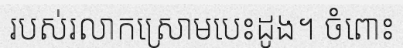
របស់រលាកស្រោមបេះដូង។ ចំពោះ